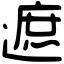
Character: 遮